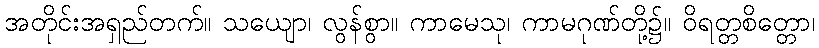
အတိုင်းအရှည်တက်။ သယျော၊ လွန်စွာ။ ကာမေသု၊ ကာမဂုဏ်တို့၌။ ဝိရတ္တစိတ္တော၊